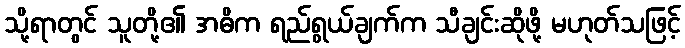
သို့ရာတွင် သူတို့၏ အဓိက ရည်ရွယ်ချက်က သီချင်းဆိုဖို့ မဟုတ်သဖြင့်